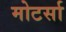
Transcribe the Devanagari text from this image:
मोटर्सा